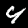
Label: 4